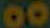
00